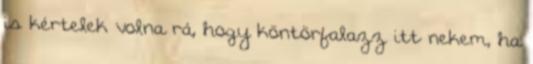
is kértelek volna rá, hogy köntörfalazz itt nekem, ha